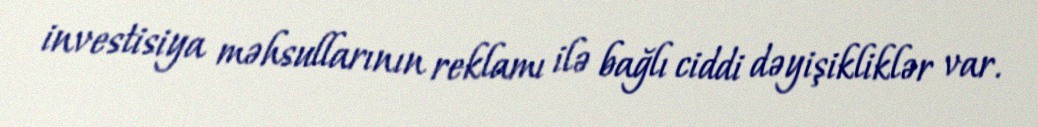
investisiya məhsullarının reklamı ilə bağlı ciddi dəyişikliklər var.